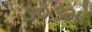
૩૦૩મો